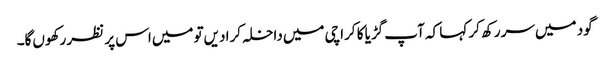
گود میں‌سر رکھ کر کہا کہ آپ گڑیا کا کراچی میں‌داخلہ کرا دیں‌تو میں‌اس پر نظر رکھوں‌گا۔